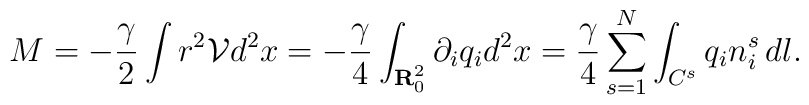
M=-\frac{\gamma}{2} \int r^{2}{\mathcal{V}} d^{2}x=-\frac{\gamma}{4}\int_{{\bf{R}}^{2}_{0}}\partial_{i}q_{i} d^{2}x = \frac{\gamma}{4}\sum_{s=1}^{N}\int_{C^{s}}q_{i}n_{i}^{s} \, dl.